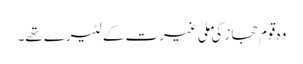
وہ قوم حجاز کی ملی غیرت کے لٹیرے تھے۔